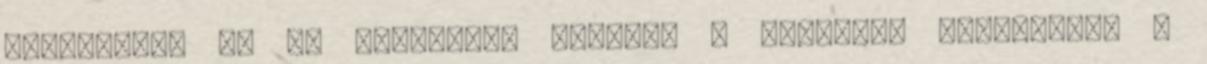
Boribonra. "– Ne haragudj, Boribon – kérlelte Annipanni. –